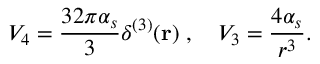
V _ { 4 } = \frac { 3 2 \pi \alpha _ { s } } { 3 } \delta ^ { ( 3 ) } ( { \bf r } ) \; , \mathrm { ~ ~ ~ } V _ { 3 } = \frac { 4 \alpha _ { s } } { r ^ { 3 } } .